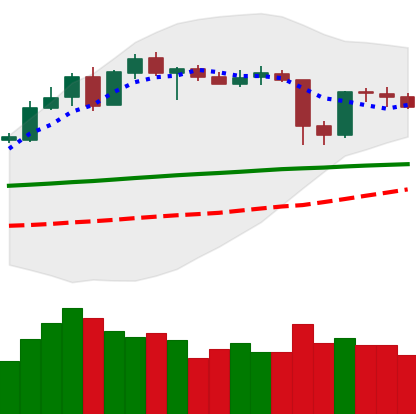
Ticker: XLM-USD
Chart end date: 2020-05-15
Forward return: 5.32%
Label: up_5_7